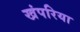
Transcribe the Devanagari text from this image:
खंपरिया